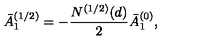
\bar { A } _ { 1 } ^ { ( 1 / 2 ) } = - { \frac { N ^ { ( 1 / 2 ) } ( d ) } { 2 } } \bar { A } _ { 1 } ^ { ( 0 ) } ,